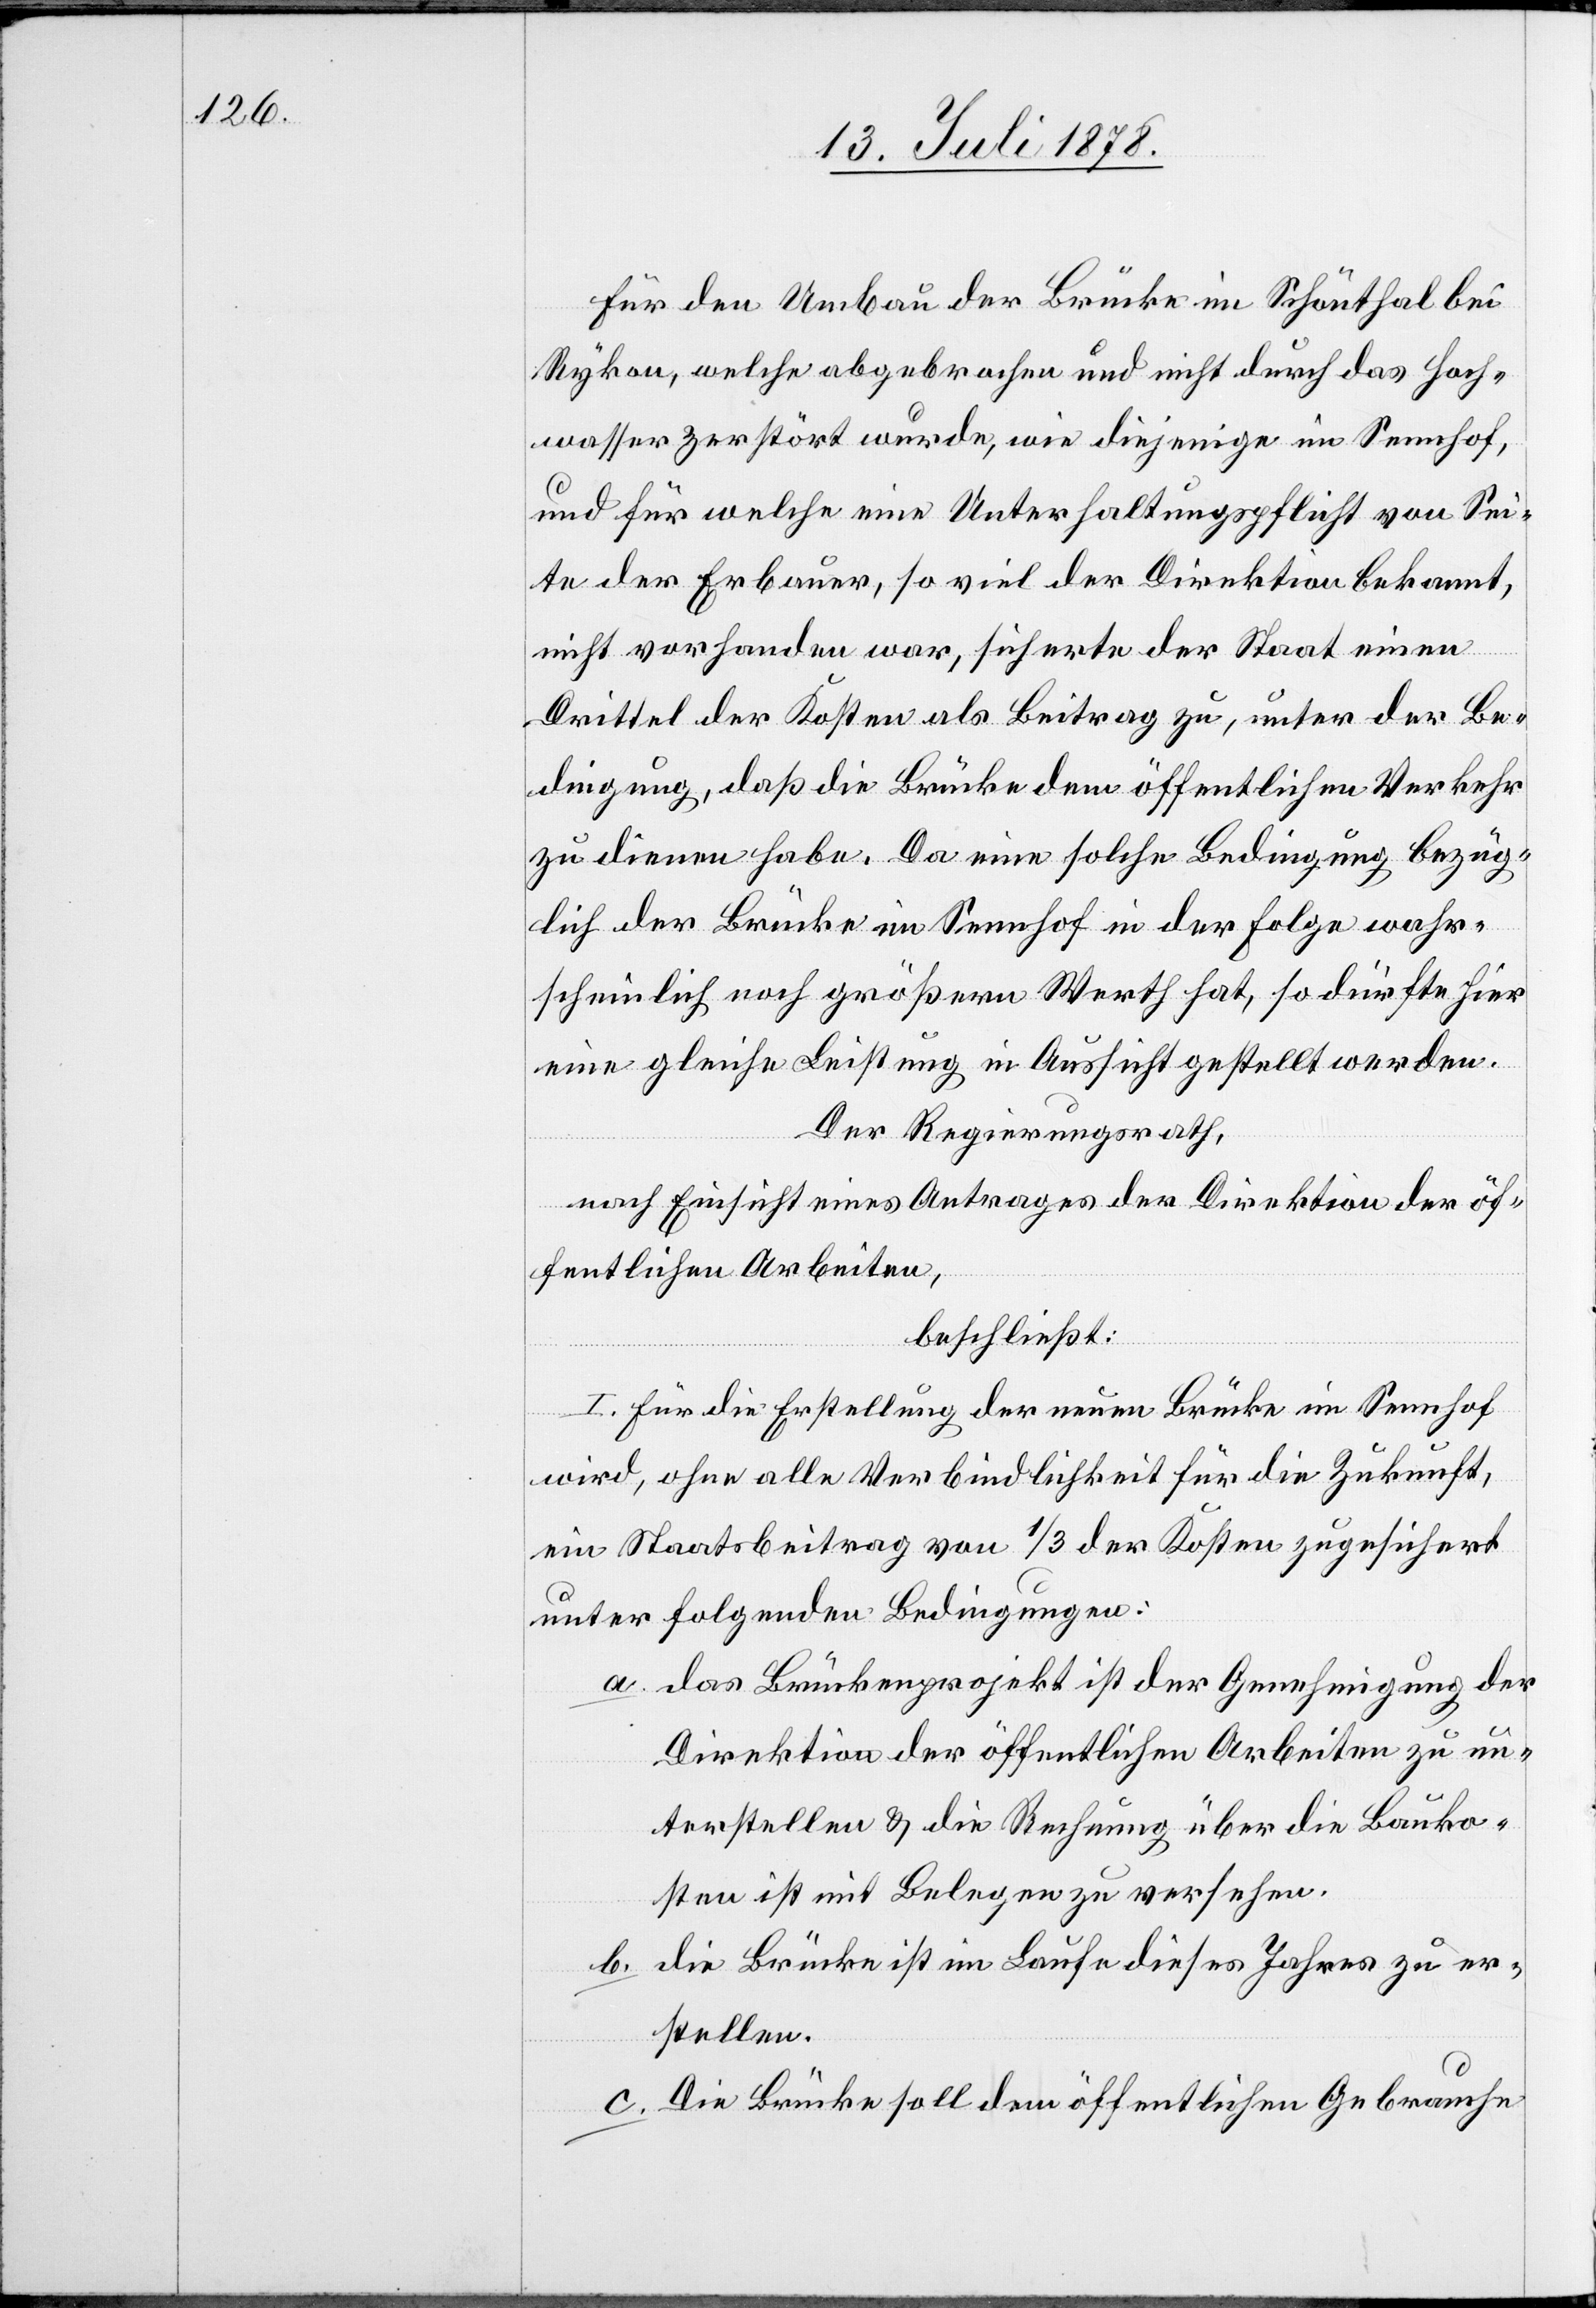
für den Umbau der Brücke im Schönthal bei
Rykon, welche abgebrochen und nicht durch das Hoch¬
wasser zerstört wurde, wie diejenige im Sennhof,
und für welche eine Unterhaltungspflicht von Sei¬
te der Erbauer, so viel der Direktion bekannt,
nicht vorhanden war, sicherte der Staat einen
Drittel der Kosten als Beitrag zu, unter der Be¬
dingung, daß die Brücke dem öffentlichen Verkehr
zu dienen habe. Da eine solche Bedingung bezüg¬
lich der Brücke im Sennhof in der Folge wahr¬
scheinlich noch größern Werth hat, so dürfte hier
eine gleiche Leistung in Aussicht gestellt werden.
Der Regierungsrath,
nach Einsicht eines Antrages der Direktion der öf¬
fentlichen Arbeiten,
beschließt:
I. Für die Erstellung der neuen Brücke im Sennhof
wird, ohne alle Verbindlichkeit für die Zukunft,
ein Staatsbeitrag von 1/3 der Kosten zugesichert
unter folgenden Bedingungen:
a. das Brückenprojekt ist der Genehmigung der
Direktion der öffentlichen Arbeiten zu un¬
terstellen & die Rechnung über die Bauko¬
sten ist mit Belegen zu versehen.
die Brücke ist im Laufe dieses Jahres zu er¬
b.
stellen.
c. Die Brücke soll dem öffentlichen Gebrauche